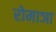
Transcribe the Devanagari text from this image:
रोमाञा